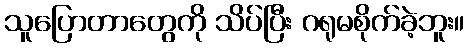
သူပြောတာတွေကို သိပ်ပြီး ဂရုမစိုက်ခဲ့ဘူး။